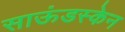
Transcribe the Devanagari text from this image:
साऊंडस्केन